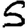
Digit: 5